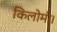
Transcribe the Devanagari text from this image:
किलोमी।